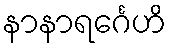
နာနာရင်္ဂေဟိ